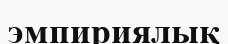
эмпириялық